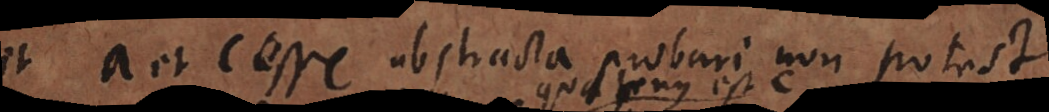
et a et c esse abstracta probari non potest